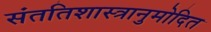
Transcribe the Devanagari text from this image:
संततिशास्त्रानुमोदित